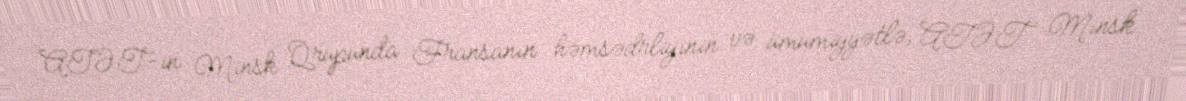
ATƏT-in Minsk Qrupunda Fransanın həmsədrliyinin və ümumiyyətlə, ATƏT Minsk